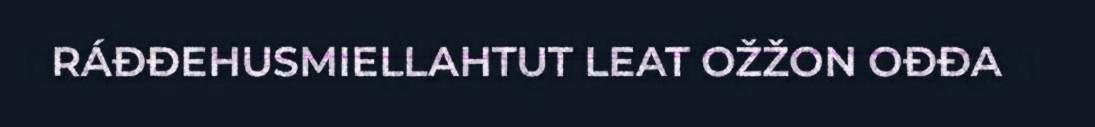
RÁĐĐEHUSMIELLAHTUT LEAT OŽŽON OĐĐA